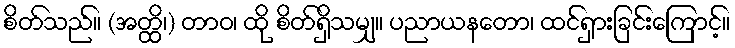
စိတ်သည်။ (အတ္ထိ၊) တာဝ၊ ထို စိတ်ရှိသမျှ။ ပညာယနတော၊ ထင်ရှားခြင်းကြောင့်။